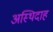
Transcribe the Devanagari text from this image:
अस्थिदाह